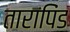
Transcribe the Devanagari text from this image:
तारापिंड